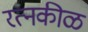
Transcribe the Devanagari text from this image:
रत्नकीळ